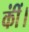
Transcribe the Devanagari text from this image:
कींं।